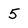
Character: 5